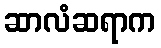
ဆာလံဆရာက